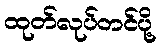
ထုတ်လုပ်တင်ပို့